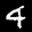
Label: 4